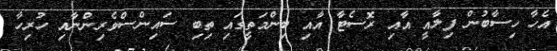
އެހާ ހިސާބުން ފިލާއީ އާއި ރޮސެޓާ އާއި ބިންމަތީގައި ތިބި ސައިންސްވެރިންނާއި ހުރިހާ